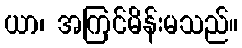
ယာ၊ အကြင်မိန်းမသည်။